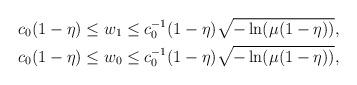
LaTeX: \begin{align*} &c_0(1-\eta)\leq w_1\leq c_0^{-1}(1-\eta)\sqrt{-\ln({\mu(1-\eta))}},\\&c_0(1-\eta)\leq w_0\leq c_0^{-1}(1-\eta)\sqrt{-\ln({\mu(1-\eta))}},\end{align*}